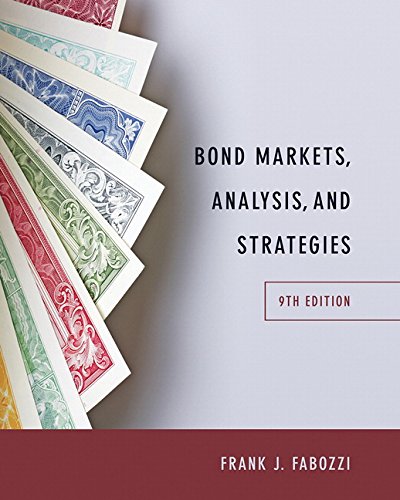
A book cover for Bond Markets, Analysis, and Strategies (9th Edition); Frank J. Fabozzi; Business & Money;